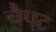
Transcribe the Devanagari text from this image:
चैपट